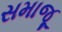
સમાજૂ